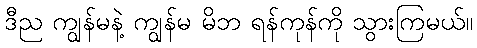
ဒီည ကျွန်မနဲ့ ကျွန်မ မိဘ ရန်ကုန်ကို သွားကြမယ်။